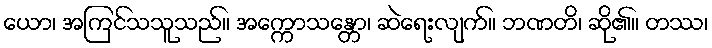
ယော၊ အကြင်သသူသည်။ အက္ကောသန္တော၊ ဆဲရေးလျက်။ ဘဏတိ၊ ဆို၏။ တဿ၊